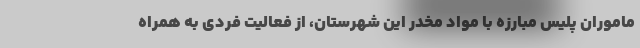
ماموران پلیس مبارزه با مواد مخدر این شهرستان، از فعالیت فردی به همراه